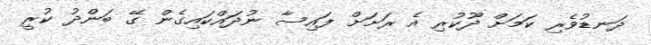
ދަނޑުވެރި ކަމަށް ދޫކުރި އެ ރަށަށް ފައިސާ ނުދައްކައިގެން ގޭ ބަންދު ކުރީ